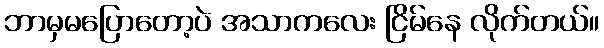
ဘာမှမပြောတော့ပဲ အသာကလေး ငြိမ်နေ လိုက်တယ်။